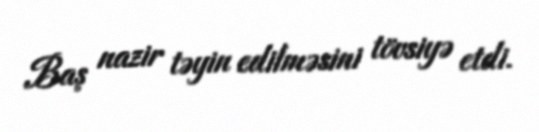
Baş nazir təyin edilməsini tövsiyə etdi.